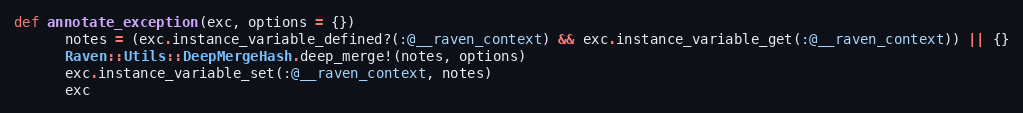
Language: Ruby
def annotate_exception(exc, options = {})
      notes = (exc.instance_variable_defined?(:@__raven_context) && exc.instance_variable_get(:@__raven_context)) || {}
      Raven::Utils::DeepMergeHash.deep_merge!(notes, options)
      exc.instance_variable_set(:@__raven_context, notes)
      exc